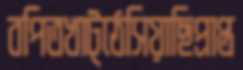
বপিতখাট্ঠেসিয়াছিপ্রাপ্ত